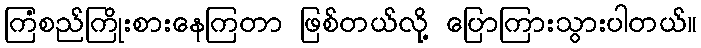
ကြံစည်ကြိုးစားနေကြတာ ဖြစ်တယ်လို့ ပြောကြားသွားပါတယ်။